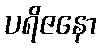
ပရိဇနော